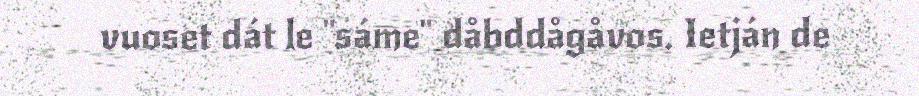
vuoset dát le "sáme" dåbddågåvos. Ietján de